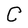
Character: C